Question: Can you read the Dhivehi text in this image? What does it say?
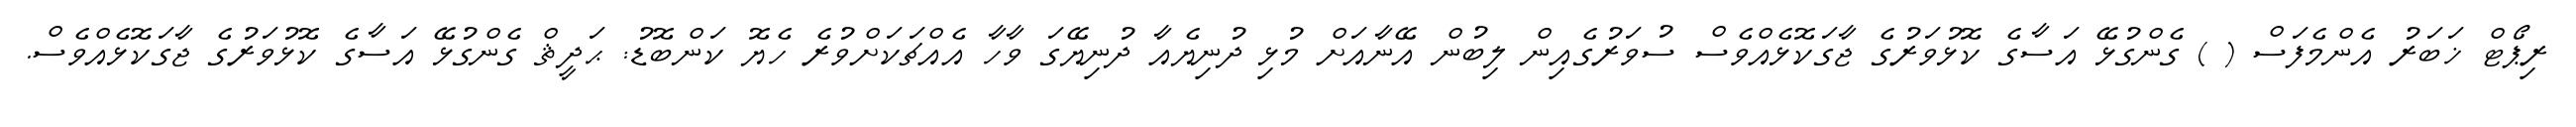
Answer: ރިޕޯޓް ޚަބަރު އެންމެފަސް ( ) ގެންގުޅޭ އަސާގެ ކޮޅުވަރުގެ ޖާގަކޮޅެއްވެސް ސުވަރުގެއިން ލިބުން އޭނާއަށް މުޅި ދުނިޔެއާ ދުނިޔޭގަ ވާހާ އެއްޗަކަށްވުރެ ހެޔޮ ކަންބޮޑު: ޙަދީޘް ގެންގުޅޭ އަސާގެ ކޮޅުވަރުގެ ޖާގަކޮޅެއްވެސް.